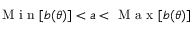
\textrm { M i n } [ b ( \theta ) ] < a < \textrm { M a x } [ b ( \theta ) ]